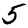
Digit: 5